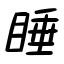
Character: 睡